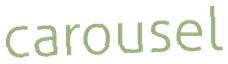
carousel